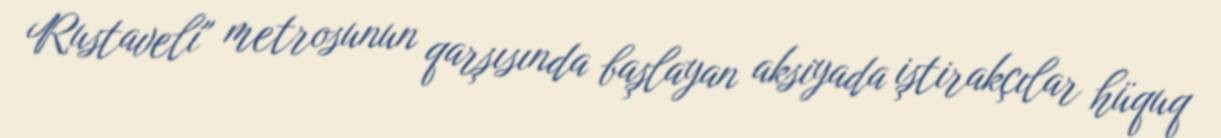
Rustaveli" metrosunun qarşısında başlayan aksiyada iştirakçılar hüquq